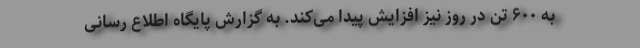
به ۶۰۰ تن در روز نیز افزایش پیدا می‌کند. به گزارش پایگاه اطلاع رسانی